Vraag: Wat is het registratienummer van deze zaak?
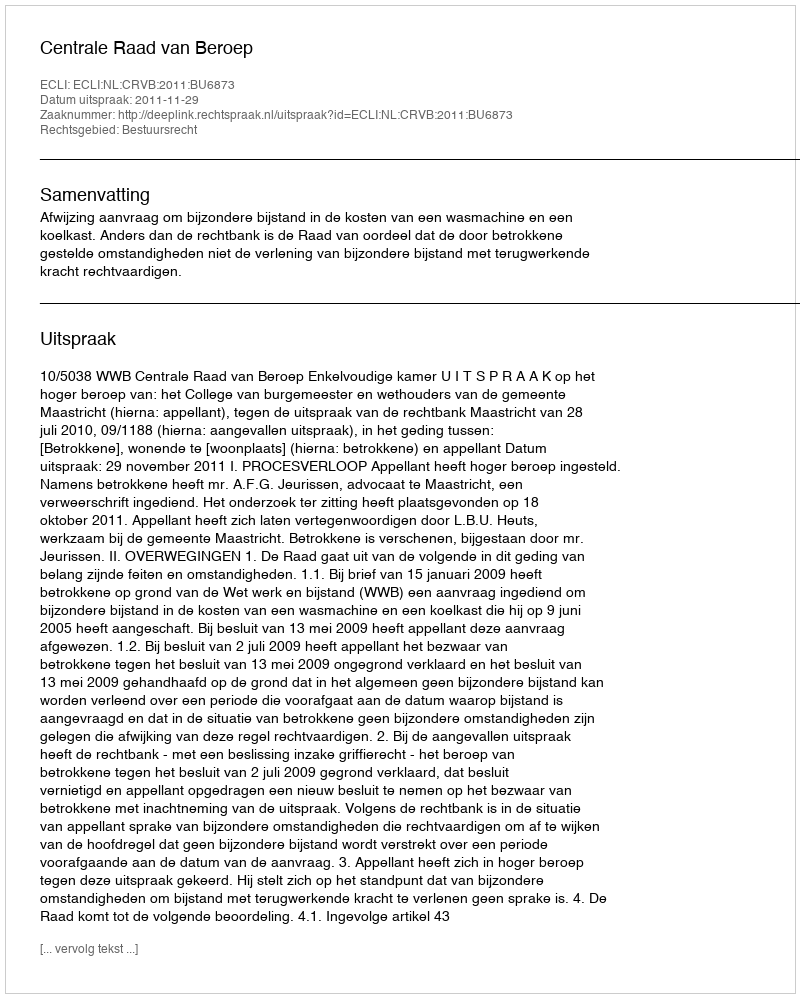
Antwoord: http://deeplink.rechtspraak.nl/uitspraak?id=ECLI:NL:CRVB:2011:BU6873